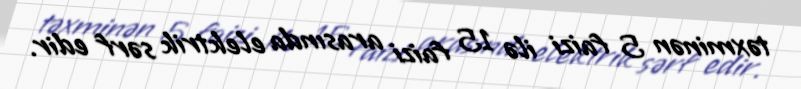
təxminən 5 faizi ilə 15 faizi arasında elektrik sərf edir.